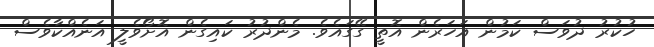
ހުކުރު ދުވަސް ކަމުން އަހަރެން އޮތީ ގޭގައެވެ. މެންދުރު ކައިގެން އޮށޯވެލީ އަނެއްކާވެސް